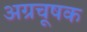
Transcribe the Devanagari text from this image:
अग्रचूषक